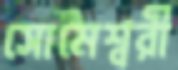
সোমেশ্বরী